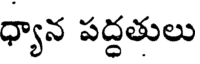
ధ్యాన పద్దతులు